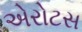
એરોટસ